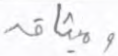
وميثاقه